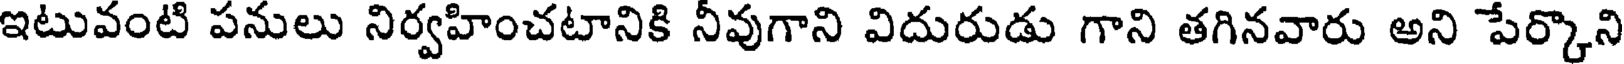
ఇటువంటి పనులు నిర్వహించటానికి నీవుగాని విదురుడు గాని తగినవారు అని పేర్కొని